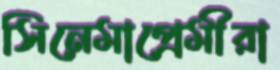
সিনেমাপ্রেমীরা